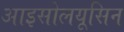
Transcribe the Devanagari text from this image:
आइसोलयूसिन